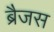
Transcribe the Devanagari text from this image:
ब्रैजस